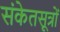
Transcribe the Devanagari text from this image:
संकेतसूत्रों